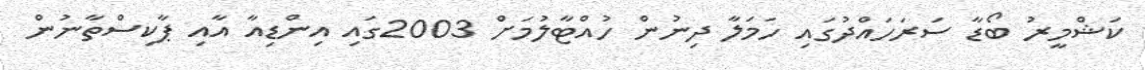
ކަޝްމީރު ބޯޑާ ސަރަހައްދުގައި ހަމަލާ ދިނުން ހުއްޓާލުމަށް 2003ގައި އިންޑިއާ އާއި ޕާކިސްތާނުން